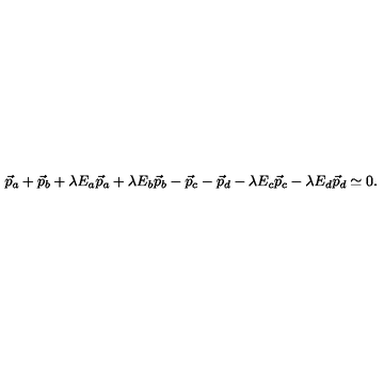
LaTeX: \vec { p } _ { a } + \vec { p } _ { b } + \lambda E _ { a } \vec { p } _ { a } + \lambda E _ { b } \vec { p } _ { b } - \vec { p } _ { c } - \vec { p } _ { d } - \lambda E _ { c } \vec { p } _ { c } - \lambda E _ { d } \vec { p } _ { d } \simeq 0 .